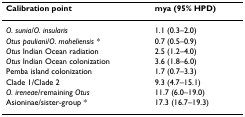
| Calibration point | mya (95% HPD) |
 | --- | --- |
 | O. sunia/O. insularis | 1.1 (0.3–2.0) |
 | Otus pauliani/O. moheliensis * | 0.7 (0.5–0.9) |
 | Otus Indian Ocean radiation | 2.5 (1.2–4.0) |
 | Otus Indian Ocean colonization | 3.6 (1.8–6.0) |
 | Pemba island colonization | 1.7 (0.7–3.3) |
 | Clade 1/Clade 2 | 9.3 (4.7–15.1) |
 | O. ireneae/remaining Otus | 11.7 (6.0–19.0) |
 | Asioninae/sister-group * | 17.3 (16.7–19.3) |